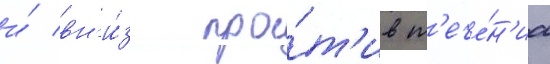
и́ вн'и́з про́т'ив т'ече́н'иа